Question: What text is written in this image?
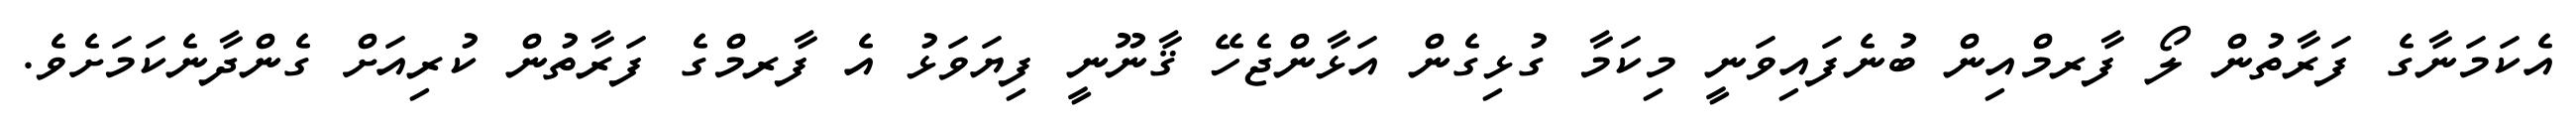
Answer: އެކަމަނާގެ ފަރާތުން ލޯ ފާރމްއިން ބުނެފައިވަނީ މިކަމާ ގުޅިގެން އަޅާންޖެހޭ ޤާނޫނީ ފިޔަވަޅު އެ ފާރމްގެ ފަރާތުން ކުރިއަށް ގެންދާނެކަމަށެވެ.